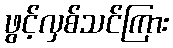
ဖွင့်လှစ်သင်ကြား